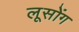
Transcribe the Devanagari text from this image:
लूसोंग